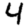
Digit: 4